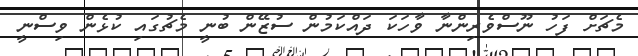
މެޗަށް ފަހު ނޫސްވެރިންނާ ވާހަކަ ދައްކަމުން ސުޒޭން ބުނީ މެޗުގައި ކުޅެން ވިސްނީ